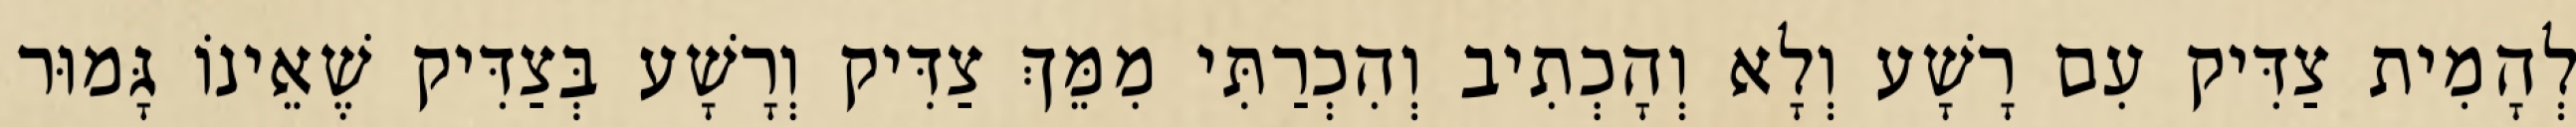
לְהָמִית צַדִּיק עִם רָשָׁע וְלָא וְהָכְתִיב וְהִכְרַתִּי מִמֵּךְ צַדִּיק וְרָשָׁע בְּצַדִּיק שֶׁאֵינוֹ גָּמוּר